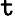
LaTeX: \mathtt{t}